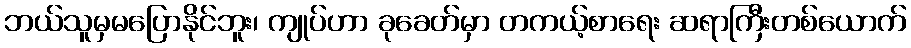
ဘယ်သူမှမပြောနိုင်ဘူး၊ ကျုပ်ဟာ ခုခေတ်မှာ တကယ့်စာရေး ဆရာကြီးတစ်ယောက်